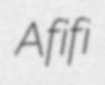
Afifi